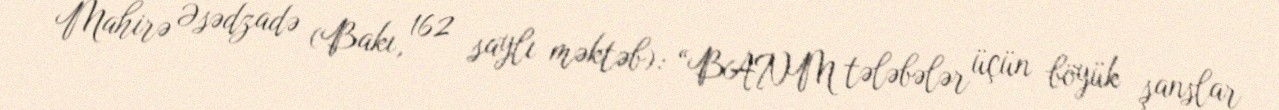
Mahirə Əsədzadə (Bakı, 162 saylı məktəb): “BANM tələbələr üçün böyük şanslar